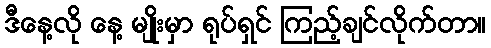
ဒီနေ့လို နေ့ မျိုးမှာ ရုပ်ရှင် ကြည့်ချင်လိုက်တာ။